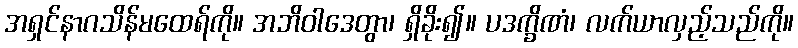
အရှင်နာဂသိန်မထေရ်ကို။ အဘိဝါဒေတွာ၊ ရှိခိုး၍။ ပဒက္ခိဏံ၊ လက်ယာလှည့်သည်ကို။